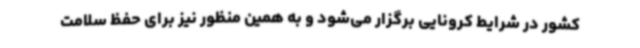
کشور در شرایط کرونایی برگزار می‌شود و به همین منظور نیز برای حفظ سلامت